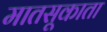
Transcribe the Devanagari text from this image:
मातसूकाता